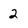
Character: 2